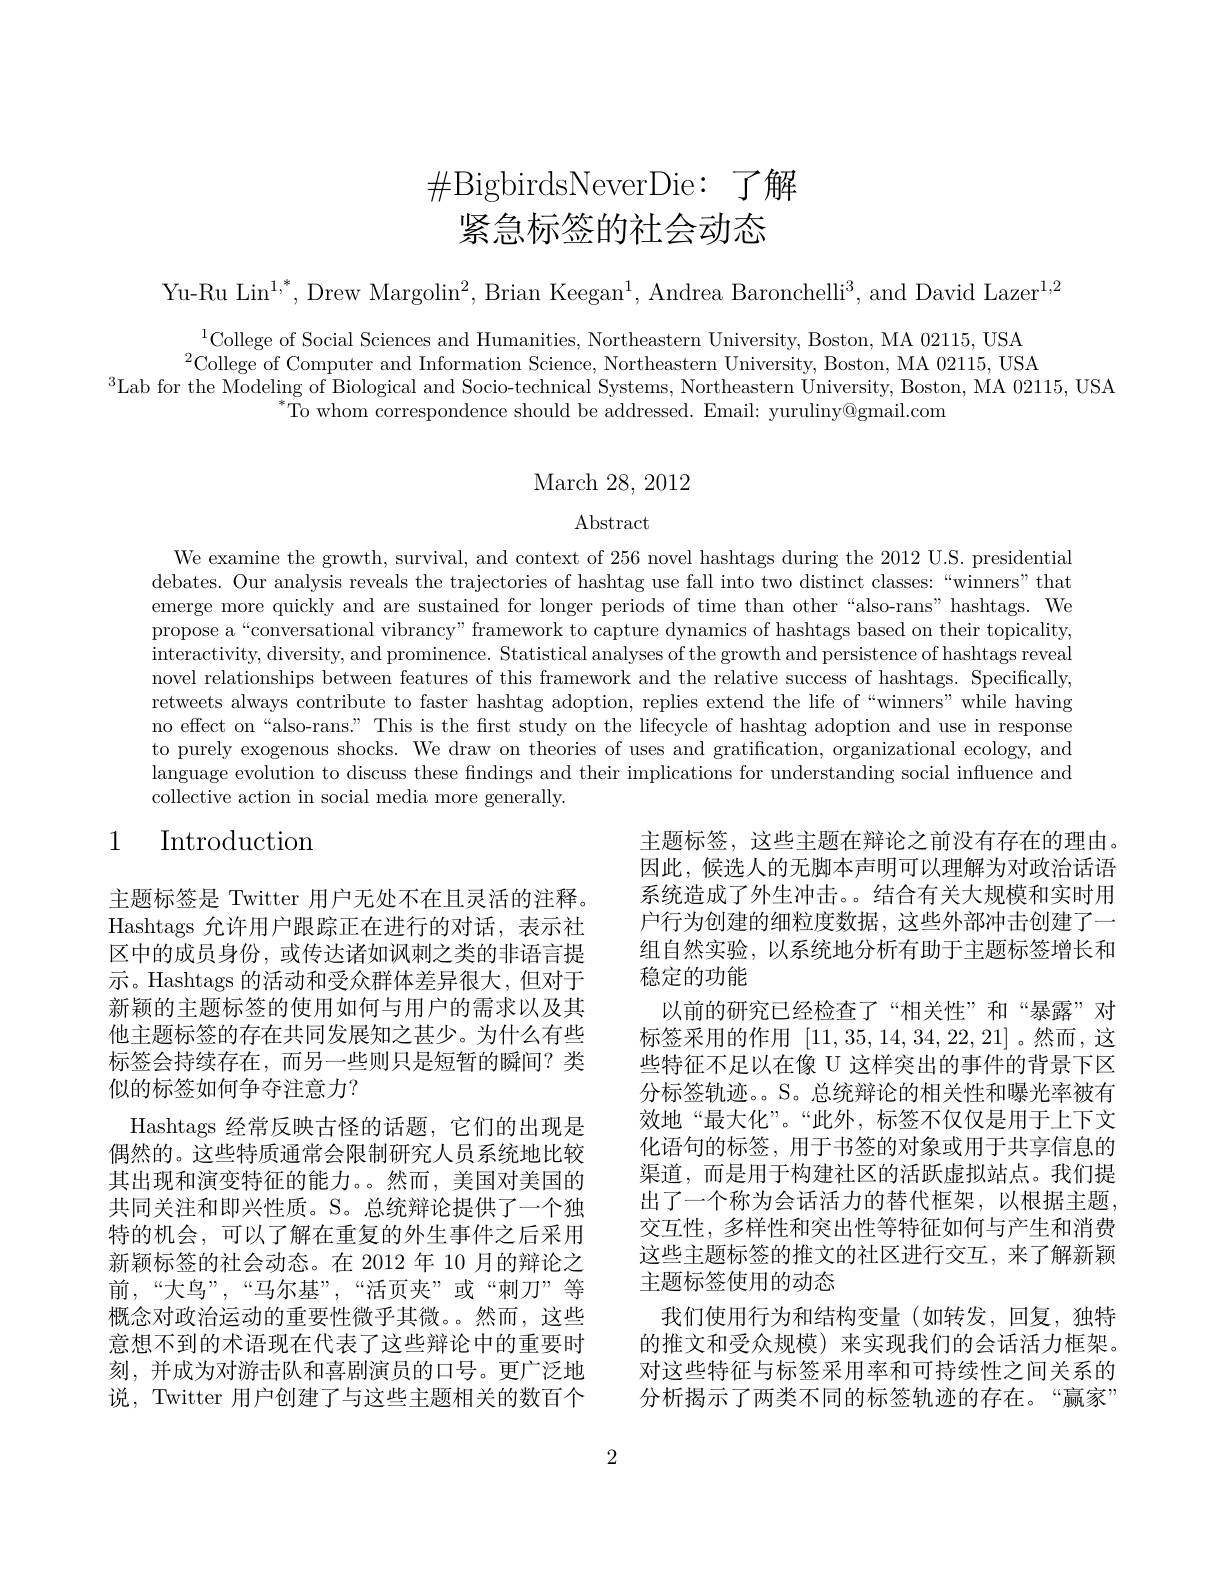
# $\#$BigbirdsNeverDie: 了解紧急标签的社会动态

Yu-Ru Lin$^1,^*$, Drew Margolin$^2$, Brian Keegan$^1$, Andrea Baronchelli$^3$, and David Lazer$^1,2$

$^{1}$College of Social Sciences and Humanities, Northeastern University, Boston, MA 02115, USA $^{2}$College of Computer and Information Science, Northeastern University, Boston, MA 02115, USA
$^{3}$Lab for the Modeling of Biological and Socio-technical Systems, Northeastern University, Boston, MA 02115, USA
$^*$To whom correspondence should be addressed. Email: yuruliny@gmail.com

## ${\mathrm{March~28,~2012}}$

$\operatorname{Abstract}$

We examine the growth, survival, and context of 256 novel hashtags during the 2012 U.S. presidential debates. Our analysis reveals the trajectories of hashtag use fall into two distinct classes:“winners”that emerge more quickly and are sustained for longer periods of time than other“also-rans”hashtags. We propose a“conversational vibrancy” framework to capture dynamics of hashtags based on their topicality, interactivity, diversity, and prominence. Statistical analyses of the growth and persistence of hashtags reveal novel relationships between features of this framework and the relative success of hashtags. Specifically, retweets always contribute to faster hashtag adoption, replies extend the life of “winners”while having no effect on “also-rans.” This is the first study on the lifecycle of hashtag adoption and use in response to purely exogenous shocks. We draw on theories of uses and gratification, organizational ecology, and language evolution to discuss these findings and their implications for understanding social influence and collective action in social media more generally.

## 1 Introduction

主题标签，这些主题在辩论之前没有存在的理由。因此，候选人的无脚本声明可以理解为对政治话语系统造成了外生冲击。。结合有关大规模和实时用户行为创建的细粒度数据，这些外部冲击创建了一组自然实验，以系统地分析有助于主题标签增长和稳定的功能
以前的研究已经检查了“相关性”和“暴露”对标签采用的作用[11,35,14,34,22,21] 。然而，这些特征不足以在像 U 这样突出的事件的背景下区分标签轨迹。S。总统辩论的相关性和曝光率被有效地“最大化”。“此外，标签不仅仅是用于上下文化语句的标签，用于书签的对象或用于共享信息的渠道，而是用于构建社区的活跃虚拟站点。我们提出了一个称为会话活力的替代框架，以根据主题， 交互性，多样性和突出性等特征如何与产生和消费这些主题标签的推文的社区进行交互，来了解新颖主题标签使用的动态
我们使用行为和结构变量(如转发，回复，独特的推文和受众规模)来实现我们的会话活力框架。对这些特征与标签采用率和可持续性之间关系的分析揭示了两类不同的标签轨迹的存在。“赢家”

主题标签是 Twitter 用户无处不在且灵活的注释。Hashtags 允许用户跟踪正在进行的对话，表示社区中的成员身份，或传达诸如讽刺之类的非语言提示。Hashtags 的活动和受众群体差异很大，但对于新颖的主题标签的使用如何与用户的需求以及其他主题标签的存在共同发展知之甚少。为什么有些标签会持续存在，而另一些则只是短暂的瞬间？类似的标签如何争夺注意力？
Hashtags 经常反映古怪的话题，它们的出现是偶然的。这些特质通常会限制研究人员系统地比较其出现和演变特征的能力。。然而，美国对美国的共同关注和即兴性质。S。总统辩论提供了一个独特的机会，可以了解在重复的外生事件之后采用新颖标签的社会动态。在 2012 年 10 月的辩论之前，“大鸟”,“马尔基”,“活页夹”或“刺刀”等概念对政治运动的重要性微乎其微。然而，这些意想不到的术语现在代表了这些辩论中的重要时刻，并成为对游击队和喜剧演员的口号。更广泛地说，Twitter 用户创建了与这些主题相关的数百个

2